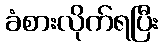
ခံစားလိုက်ရပြီး